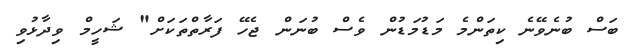
ބަސް ބުނެވޭނެ ކިތަންމެ މަޑުމަޑުން ވެސް ބުނަން ޖެހޭ ފަރާތްތަކަށް" ޝަހީމް ވިދާޅުވި